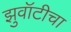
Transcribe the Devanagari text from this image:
झुवॉटीचा